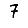
Digit: 7